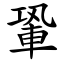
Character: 䡗